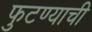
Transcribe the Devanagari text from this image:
फुटण्याची